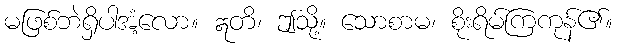
မဖြစ်ဘဲရှိပါအံ့လော။ ဣတိ၊ ဤသို့။ သောစာမ၊ စိုးရိမ်ကြကုန်၏။